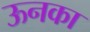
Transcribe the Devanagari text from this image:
ऊनका